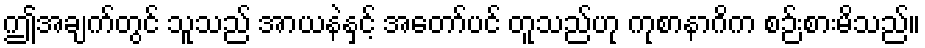
ဤအချက်တွင် သူသည် အာယနဲနှင့် အတော်ပင် တူသည်ဟု ကုစာနာဂိက စဉ်းစားမိသည်။